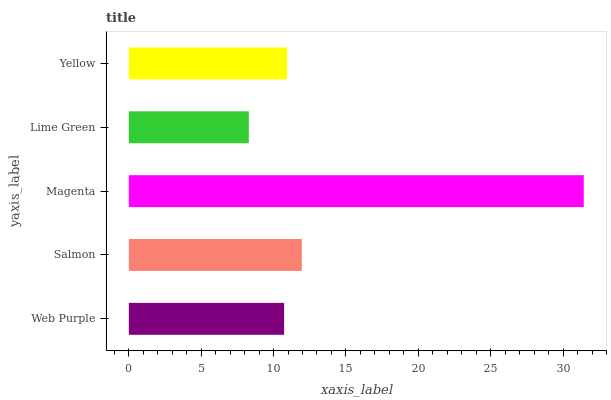
| yaxis_label | bars |
 | --- | --- |
 | Web Purple | 10.7 |
 | Salmon | 12 |
 | Magenta | 31.4 |
 | Lime Green | 8.29 |
 | Yellow | 10.9 |